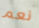
نعم